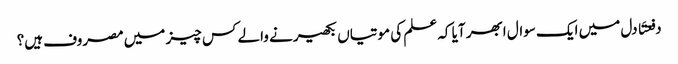
دفعتَا دل میں ایک سوال ابھر آیا کہ علم کی موتیاں بکھیرنے والے کس چیز میں مصروف ہیں؟